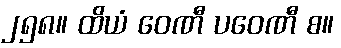
၂၅၈။ ထိယံ ဝေဏီ ပဝေဏီ စ။